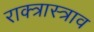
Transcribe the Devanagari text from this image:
राक्त्रास्त्राव